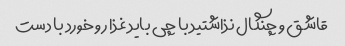
قاشق و چنگال نذاشتید با چی باید غذا رو خورد با دست